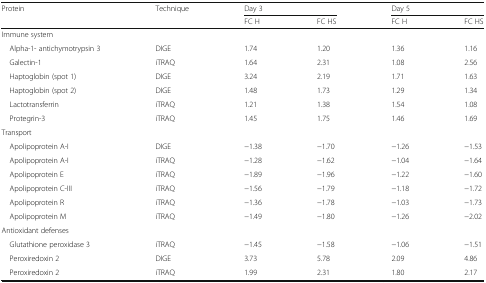
<table><thead><tr><td rowspan="2"><b>Protein</b></td><td rowspan="2"><b>Technique</b></td><td colspan="2"><b>Day 3</b></td><td colspan="2"><b>Day 5</b></td></tr><tr><td><b>FC H</b></td><td><b>FC HS</b></td><td><b>FC H</b></td><td><b>FC HS</b></td></tr></thead><tbody><tr><td colspan="6">Immune system</td></tr><tr><td> Alpha-1- antichymotrypsin 3</td><td>DIGE</td><td>1.74</td><td>1.20</td><td>1.36</td><td>1.16</td></tr><tr><td> Galectin-1</td><td>iTRAQ</td><td>1.64</td><td>2.31</td><td>1.08</td><td>2.56</td></tr><tr><td> Haptoglobin (spot 1)</td><td>DIGE</td><td>3.24</td><td>2.19</td><td>1.71</td><td>1.63</td></tr><tr><td> Haptoglobin (spot 2)</td><td>DIGE</td><td>1.48</td><td>1.73</td><td>1.29</td><td>1.34</td></tr><tr><td> Lactotransferrin</td><td>iTRAQ</td><td>1.21</td><td>1.38</td><td>1.54</td><td>1.08</td></tr><tr><td> Protegrin-3</td><td>iTRAQ</td><td>1.45</td><td>1.75</td><td>1.46</td><td>1.69</td></tr><tr><td colspan="6">Transport</td></tr><tr><td> Apolipoprotein A-I</td><td>DIGE</td><td>−1.38</td><td>−1.70</td><td>−1.26</td><td>−1.53</td></tr><tr><td> Apolipoprotein A-I</td><td>iTRAQ</td><td>−1.28</td><td>−1.62</td><td>−1.04</td><td>−1.64</td></tr><tr><td> Apolipoprotein E</td><td>iTRAQ</td><td>−1.89</td><td>−1.96</td><td>−1.22</td><td>−1.60</td></tr><tr><td> Apolipoprotein C-III</td><td>iTRAQ</td><td>−1.56</td><td>−1.79</td><td>−1.18</td><td>−1.72</td></tr><tr><td> Apolipoprotein R</td><td>iTRAQ</td><td>−1.36</td><td>−1.78</td><td>−1.03</td><td>−1.73</td></tr><tr><td> Apolipoprotein M</td><td>iTRAQ</td><td>−1.49</td><td>−1.80</td><td>−1.26</td><td>−2.02</td></tr><tr><td colspan="6">Antioxidant defenses</td></tr><tr><td> Glutathione peroxidase 3</td><td>iTRAQ</td><td>−1.45</td><td>−1.58</td><td>−1.06</td><td>−1.51</td></tr><tr><td> Peroxiredoxin 2</td><td>DIGE</td><td>3.73</td><td>5.78</td><td>2.09</td><td>4.86</td></tr><tr><td> Peroxiredoxin 2</td><td>iTRAQ</td><td>1.99</td><td>2.31</td><td>1.80</td><td>2.17</td></tr></tbody></table>